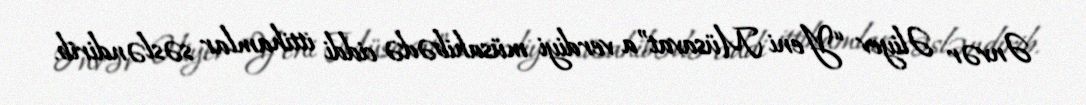
Ənvər Əliyev “Yeni Müsavat”a verdiyi müsahibədə ciddi ittihamlar səsləndirib.